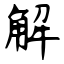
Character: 解